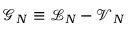
\mathcal { G } _ { N } \equiv \mathcal { L } _ { N } - \mathcal { V } _ { N }